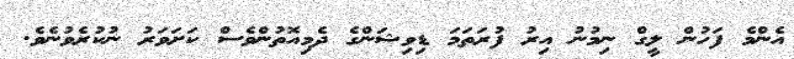
އެންމެ ފަހުން ލީގް ނިމުނު އިރު ފުރަތަމަ ޑިވިޝަންގެ ދެމިއޮތުންވެސް ކަށަވަރު ނުކުރެވުނެވެ.